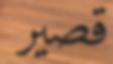
قصير